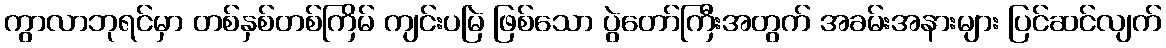
ကွာလာဘုရင်မှာ တစ်နှစ်တစ်ကြိမ် ကျင်းပမြဲ ဖြစ်သော ပွဲတော်ကြီးအတွက် အခမ်းအနားများ ပြင်ဆင်လျက်